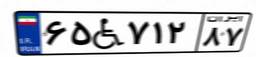
۶۵W۷۱۲۸۷